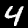
Digit: 4